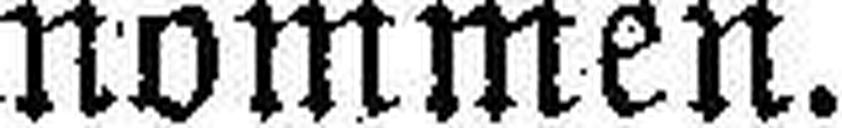
nommen.